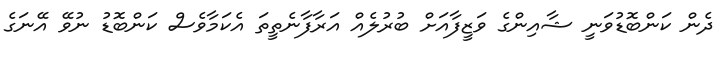
ދެން ކަންބޮޑުވަނީ ޝާއިންގެ ވަޒީފާއަށް ބުރުލެއް އަރާފާނެތީތަ އެކަމާވެސް ކަންބޮޑު ނުވޭ އޭނަގެ